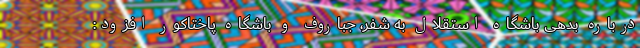
درباره بدهی باشگاه استقلال به شفر، جباروف و باشگاه پاختاکور افزود: